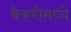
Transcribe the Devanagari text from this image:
बेकरीमध्ये